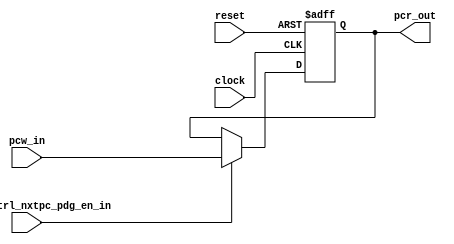

// File generated by Go version U-2022.12#33f3808fcb#221128, Thu Jan 25 16:08:15 2024
// Copyright 2014-2022 Synopsys, Inc. All rights reserved.
// go -I../lib -F -DSYNTHESIS_NO_UNGROUP -D__tct_patch__=0 -Verilog -otrv32p3_cnn_vlog -cgo_options.cfg -Itrv32p3_cnn_vlog/tmp_pdg -updg -updg_controller trv32p3_cnn



`timescale 1ns/1ps

// module reg_PC : reg_PC
module reg_PC
  // synopsys translate_off
  #(parameter reg_log = 1'b1)
  // synopsys translate_on
  ( input             reset,
    input             clock,
    input             PC_pcw_cntrl_nxtpc_pdg_en_in, // std_logic
    input      [31:0] pcw_in, // addr
    output reg [31:0] pcr_out // addr
  );


  reg [31:0] reg_val;

  // synopsys translate_off
  integer cycles;
  integer max_cycles = 0;
  always @ (posedge clock or posedge reset)
  begin : p_cycles_count
    if (reset)
    begin
      cycles <= 0;
    end
    else
    begin
      cycles <= cycles + 1;
    end
  end

  always @ (negedge clock)
  begin : p_max_cycles
    if ((max_cycles != 0) && (cycles >= max_cycles)) begin
      $display("** INFO: Simulation stopped after %0d cycles.", cycles);
      $stop;
    end
  end
  // synopsys translate_on

  // synopsys translate_off
  integer log_file;
  reg     reset_active;
  initial reset_active = 1'b0;
  reg [255*8:1] rcd_file_name = "register.log";
  integer rcdname_file;
  integer rcdname_scan_file;

  // Allow change of the rcd_file_name at runtime:
  initial begin
    if (reg_log)
    begin
      // check for plusarg:
      if (!$value$plusargs("rcdname=%s",rcd_file_name)) begin
        // no plusarg specified, check for rcdname.cfg file.
        // Note: Some simulators may print a harmless warning when 
        //       the file is not found. This can be safely ignored.
        rcdname_file = $fopen("rcdname.cfg", "r");
        if (rcdname_file != 0) begin
          if (!$feof(rcdname_file)) begin
            rcdname_scan_file = $fscanf(rcdname_file, "%s", rcd_file_name);
          end
        end
      end
    end
  end

  always @ (posedge clock or posedge reset)
  // NOTE: The PC value from BEFORE the rising clock edge is logged.
  begin : p_reg_PC_log
    if (reg_log)
    begin
      if (reset)
      begin
        if (~ reset_active)
        begin
          $fclose(log_file);
          log_file = $fopen(rcd_file_name);
          $fdisplay(log_file, "reset_type: async, act_high");
          $fdisplay(log_file, "reset at %0d", $time);
          reset_active = 1'b1;
        end
      end
      else
      begin
        reset_active = 1'b0;
        $fdisplay(log_file, "%0d (%0d)", cycles+1, reg_val);
      end
    end
  end
  // synopsys translate_on

  always @ (*)
  begin : p_read_reg_PC

    // pcr_out = 32'h0;

    // (pcr_rd_PC)
    pcr_out = reg_val;

  end

  always @ (posedge clock or posedge reset)
  begin : p_write_reg_PC

    if (reset)
    begin
      reg_val <= 32'h0;
    end
    else
    begin

      // (PC_wr_pcw_PC_pcw_cntrl_nxtpc_pdg_en)
      if (PC_pcw_cntrl_nxtpc_pdg_en_in)
      begin
        reg_val <= pcw_in;
      end

    end
  end

endmodule